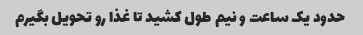
حدود یک ساعت و نیم طول کشید تا غذا رو تحویل بگیرم